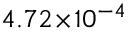
4 . 7 2 \! \times \! 1 0 ^ { - 4 }